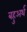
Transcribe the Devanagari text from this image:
बहुअर्थ